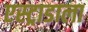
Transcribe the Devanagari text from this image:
एस्ट्राडाला